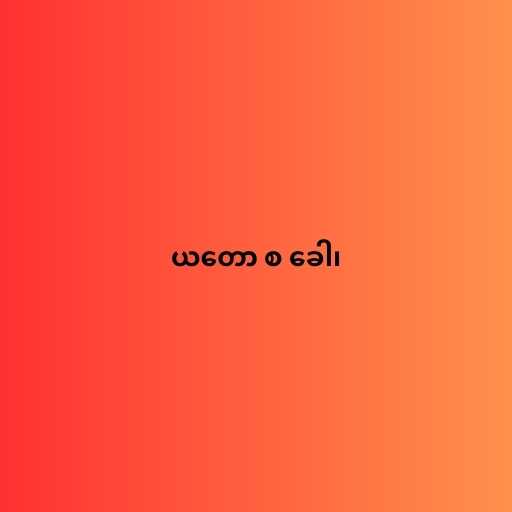
ယတော စ ခေါ၊